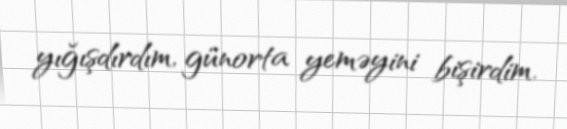
yığışdırdım, günorta yeməyini bişirdim.